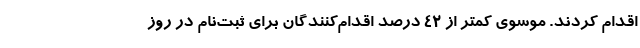
اقدام کردند. موسوی کمتر از ۴۲ درصد اقدام‌کنندگان برای ثبت‌نام در روز